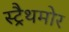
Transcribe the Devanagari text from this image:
स्ट्रैथमोर